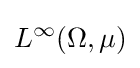
L^{\infty }(\Omega ,\mu )